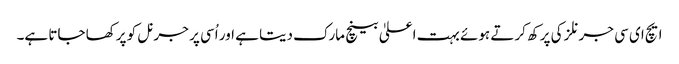
ایچ ای سی جرنلز کی پرکھ کرتے ہوئے بہت اعلیٰ بینچ مارک دیتا ہے اور اُسی پر جرنل کو پرکھا جاتا ہے۔